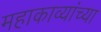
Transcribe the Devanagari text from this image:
महाकाव्यांच्या